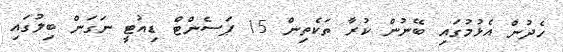
ހެދުން އެޅުމުގައި ބޭނުން ކުރާ ތަކެތިން 15 ޕަސެންޓް ޑިއުޓީ ނަގަން ބިލުގައި